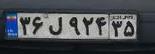
۳۶ل۹۲۴۳۵